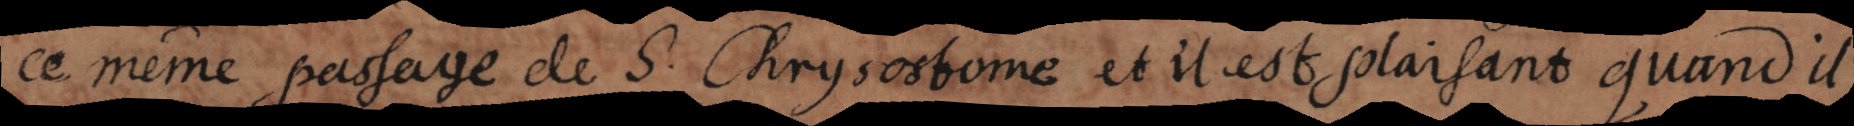
ce même passage de S. Chrysostome: et il est plaisant quand il